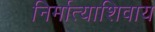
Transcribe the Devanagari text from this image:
निर्मात्याशिवाय